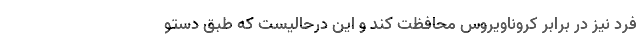
فرد نیز در برابر کروناویروس محافظت کند و این درحالیست که طبق دستو